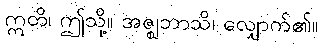
ဣတိ၊ ဤသို့။ အဇ္ဈဘာသိ၊ လျှောက်၏။